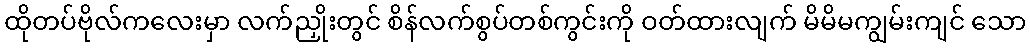
ထိုတပ်ဗိုလ်ကလေးမှာ လက်ညှိုးတွင် စိန်လက်စွပ်တစ်ကွင်းကို ဝတ်ထားလျက် မိမိမကျွမ်းကျင် သော